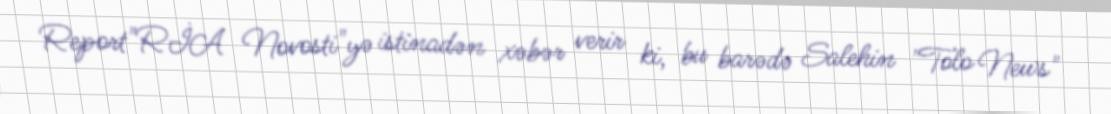
Report"RİA Novosti"yə istinadən xəbər verir ki, bu barədə Salehin "Tolo News"